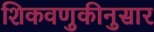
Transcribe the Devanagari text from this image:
शिकवणुकीनुसार